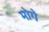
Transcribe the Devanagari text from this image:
मोगे